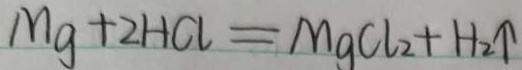
M g + 2 H C l = M g C L _ { 2 } + H _ { 2 } \uparrow